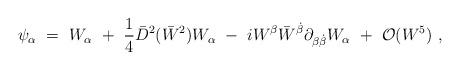
LaTeX: \begin{align*}\psi_\alpha\ =\ W_\alpha \ +\ {1\over 4} \bar D^2(\bar W^2) W_\alpha\ -\ i W^\beta\bar W^{\dot\beta}\partial_{\beta\dot\beta}W_\alpha\ +\ {\cal O}(W^5)\ ,\end{align*}